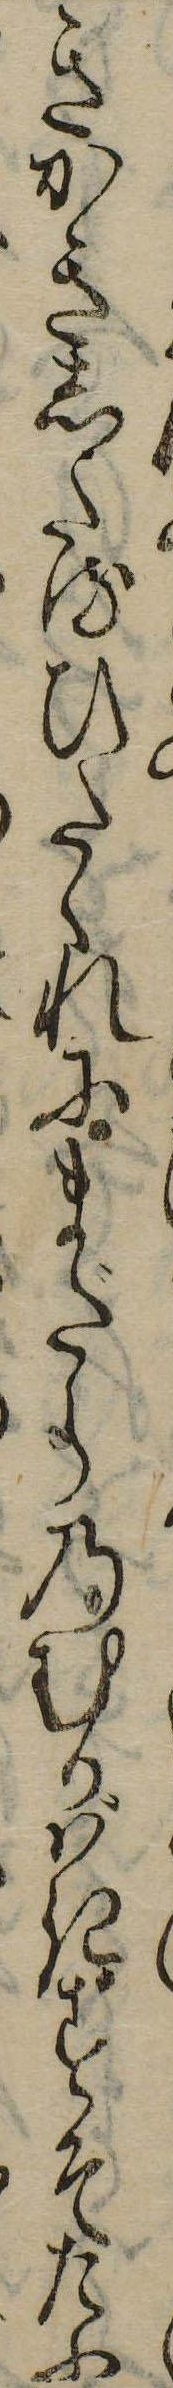
きかきしたるひたゝれにまだらのむかばきすそたふ